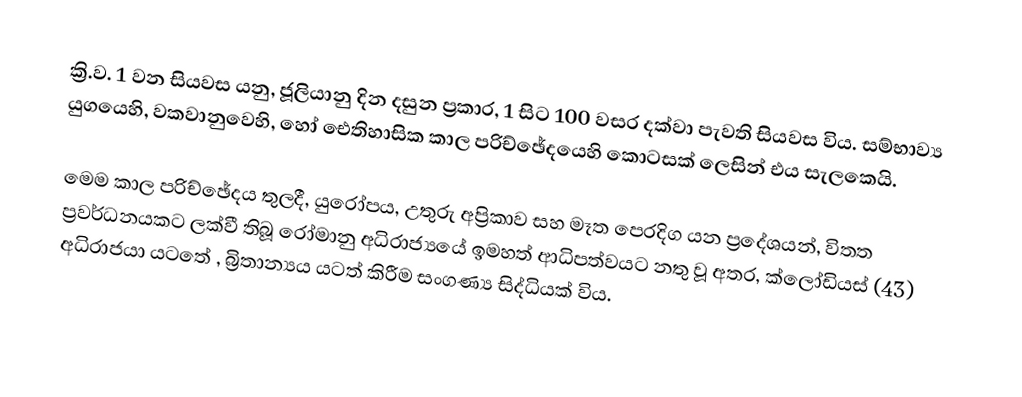
ක්‍රි.ව. 1 වන සියවස යනු,   ජූලියානු දින දසුන ප්‍රකාර,  1  සිට 100 වසර දක්වා පැවති සියවස විය. සම්භාව්‍ය යුගයෙහි, වකවානුවෙහි, හෝ ඓතිහාසික කාල පරිච්ඡේදයෙහි කොටසක් ලෙසින් එය සැලකෙයි.

මෙම කාල පරිච්ඡේදය තුලදී, යුරෝපය, උතුරු අප්‍රිකාව සහ මෑත පෙරදිග යන ප්‍රදේශයන්,  විතත ප්‍රවර්ධනයකට ලක්වී තිබූ රෝමානු අධිරාජ්‍යයේ ඉමහත් ආධිපත්වයට නතු වූ අතර, ක්ලෝඩියස් (43) අධිරාජයා යටතේ , බ්‍රිතාන්‍යය යටත් කිරීම සංගණ්‍ය සිද්ධියක් විය.